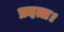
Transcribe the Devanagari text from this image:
प्रदत्त।